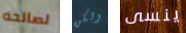
لصالحه ولكن ينسى